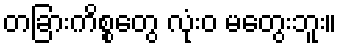
တခြားကိစ္စတွေ လုံးဝ မတွေးဘူး။